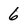
Character: 6